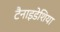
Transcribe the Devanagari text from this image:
टैनाइडेशिया